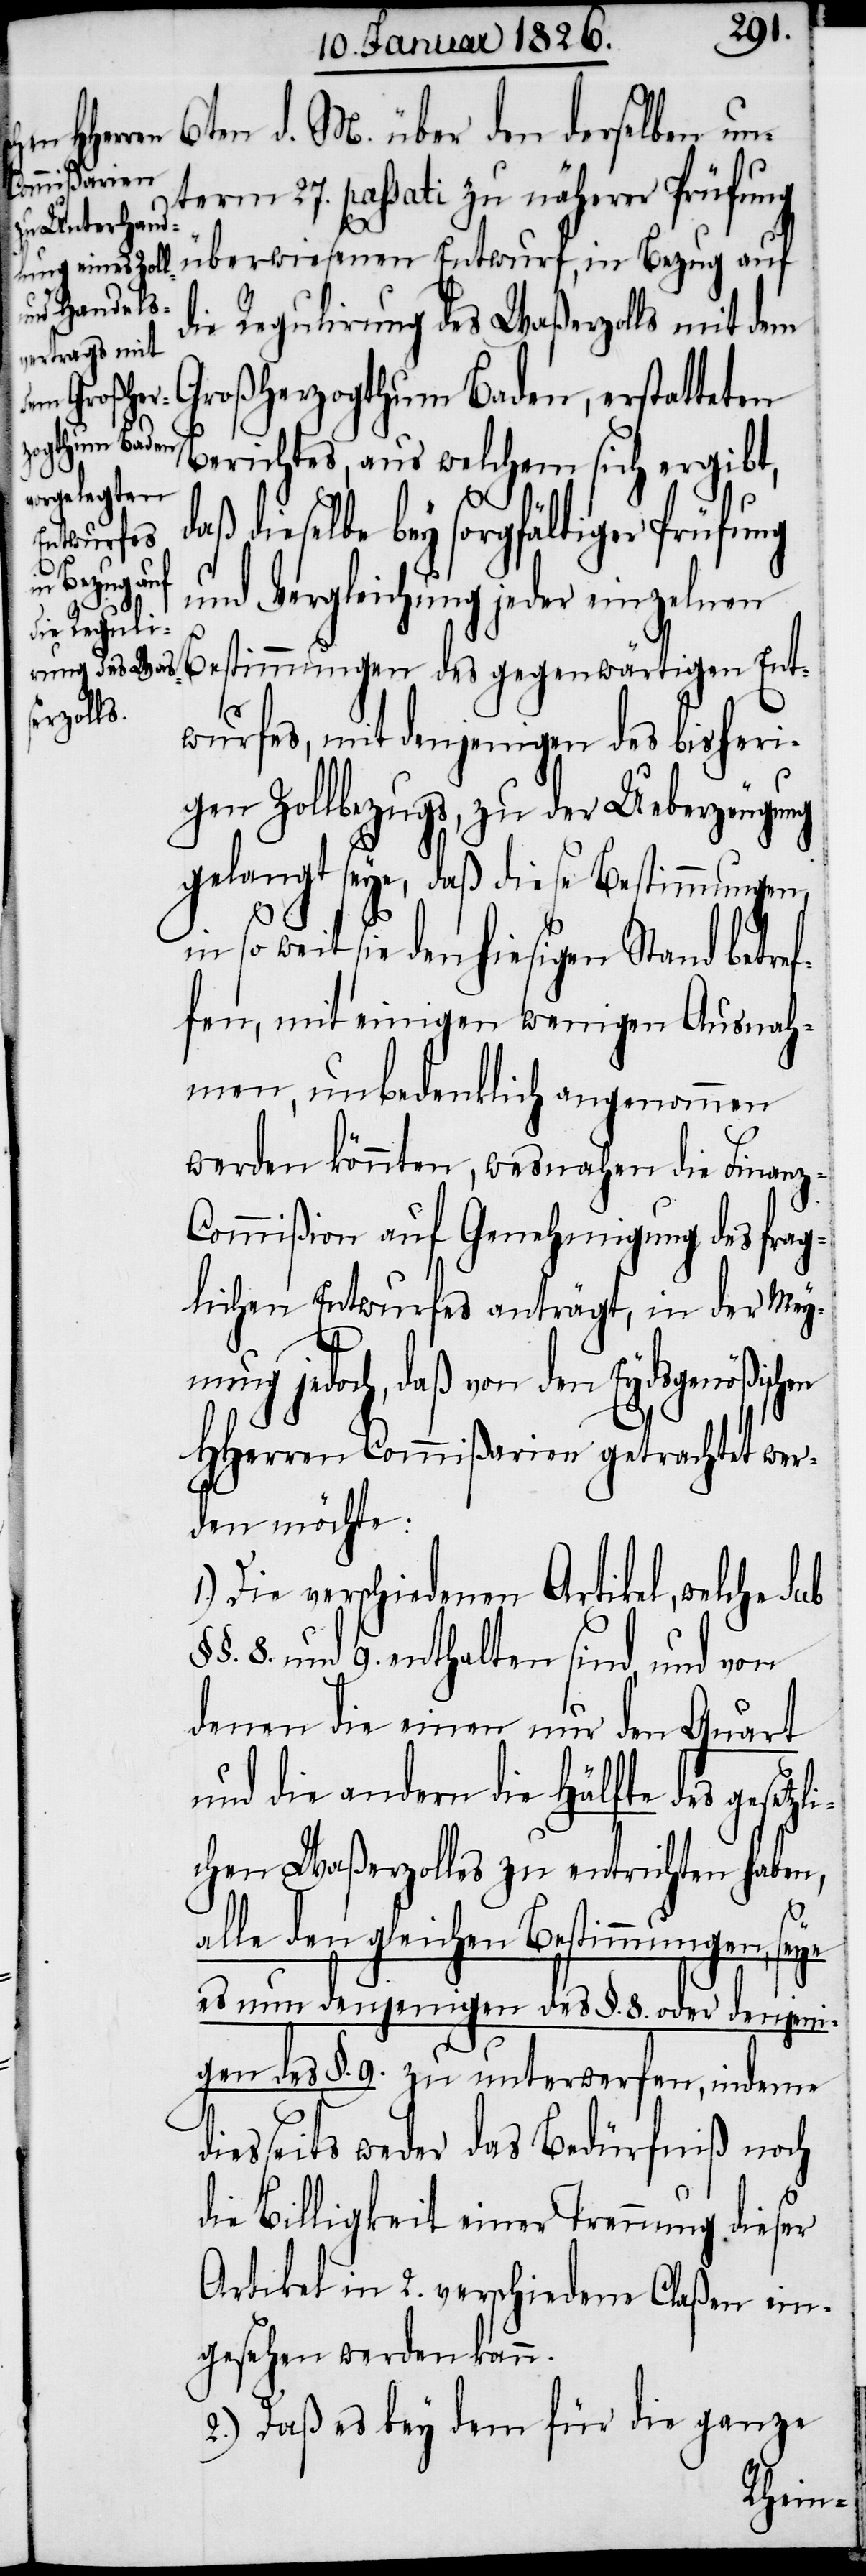
6ten d. M. über den derselben un¬
term 27. passati zu näherer Prüfung
überwiesenen Entwurf, in Bezug auf
die Regulirung des Waßerzolls mit dem
Großherzogthum Baden, erstatteten
Berichtes, aus welchem sich ergibt,
dieselbe bey sorgfältiger Prüfung
und Vergleichung jeder einzelnen
Bestimmungen des gegenwärtigen Ent¬
1.)
wurfes, mit denjenigen des bisheri¬
gen Zollbezugs, zu der Ueberzeugung
gelangt seye, daß diese Bestimmungen,
in so weit sie den hiesigen Stand betref¬
fen, mit einigen wenigen Ausnah¬
men, unbedenklich angenommen
werden könnten, wesnahen die Finan¬
z-Commißion auf Genehmigung des frag¬
lichen Entwurfes anträgt, in der Mey¬
nung jedoch, daß von den Eydsgenößischen
HHerren Commißarien getrachtet wer¬
den möchte:
Die verschiedenen Artikel, welche sub
8. und 9. enthalten sind, und von
denen die einen nur den Quart
und die andern die Hälfte des gesetzl¬
ichen Waßerzolles zu entrichten haben,
alle den gleichen Bestimmungen, seye
es nun denjenigen des §. 8. oder denjeni¬
gen des §. 9. zu unterwerfen, indeme
diesseits weder das Bedürfniß noch
die Billigkeit einer Trennung dieser
Artikel in 2. verschiedene Claßen ein¬
gesehen werden kann.
2.) Daß es bey dem für die ganze